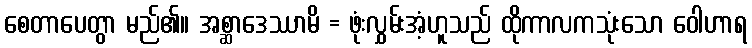
စေတာပေတွာ မည်၏။ အစ္ဆာဒေဿာမိ = ဖုံးလွှမ်းအံ့ဟူသည် ထိုကာလကသုံးသော ဝေါဟာရ